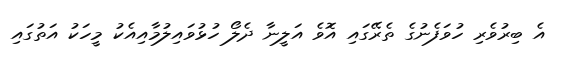
އެ ބިރުވެރި ހުވަފެނުގެ ތެރޭގައި އޮވެ އަލީނާ ދެލޯ ހުޅުވައިލުމާއިއެކު މީހަކު އަތުގައި